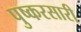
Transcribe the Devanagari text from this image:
पुष्करसारी